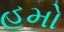
હમો